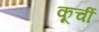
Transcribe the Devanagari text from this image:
कूर्ची